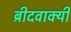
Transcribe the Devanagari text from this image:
ब्रीदवाक्यी